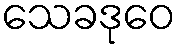
သေခဒုဝေ